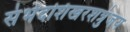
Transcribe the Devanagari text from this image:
संभेदशिखरशत्रुंजय